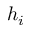
h _ { i }